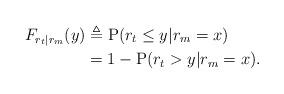
LaTeX: \begin{align*}F_{r_t|r_m}(y) &\triangleq \mathrm{P}(r_t\leq y|r_m=x)\\ &= 1 - \mathrm{P}(r_t>y|r_m=x). \end{align*}